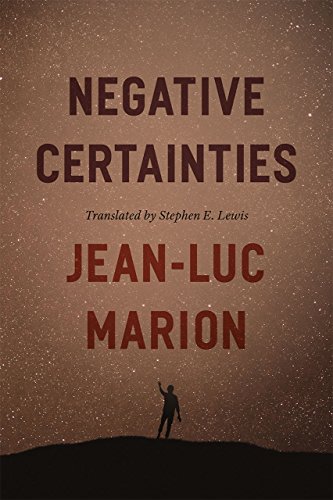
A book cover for Negative Certainties (Religion and Postmodernism); Jean-Luc Marion; Politics & Social Sciences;